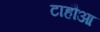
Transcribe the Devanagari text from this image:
टाहौआ